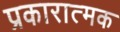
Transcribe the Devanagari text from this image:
प्रकारात्मक